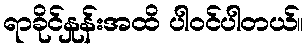
ရာခိုင်နှုန်းအထိ ပါဝင်ပါတယ်။